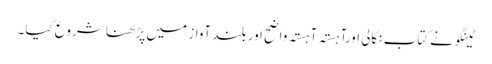
ٹینگو نے کتاب نکالی اورآہستہ آہستہ واضح اور بلند آواز میں پڑھنا شروع کیا۔